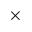
\times